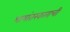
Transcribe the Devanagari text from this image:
भाषांतरकाराची